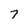
Character: 7